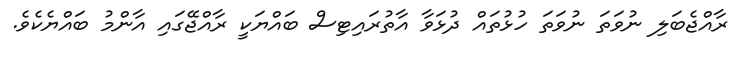
ރާއްޖެބަލި ނުވަތަ ނުވަތަ ހުޅުތައް ދުޅަވާ އާތުރައިޓިސް ބައްޔަކީ ރާއްޖޭގައި އާންމު ބައްޔެކެވެ.